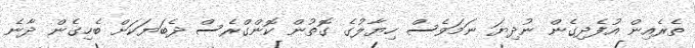
ތެރެއިން އުފެދިގެން ނުދިޔަ ނަމަވެސް ހިޔާލުގެ ގޮތުން ކޮންގްރެސް ދެބަޔަކަށް ބެހިގެން ދާނެ